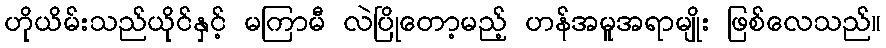
ဟိုယိမ်းသည်ယိုင်နှင့် မကြာမီ လဲပြိုတော့မည့် ဟန်အမူအရာမျိုး ဖြစ်လေသည်။